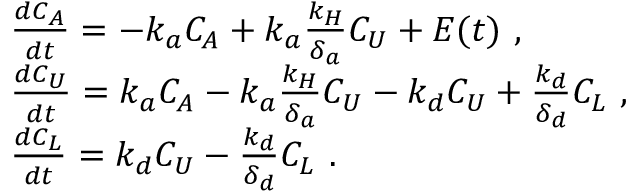
\begin{array} { r l } & { \frac { d C _ { A } } { d t } = - k _ { a } C _ { A } + k _ { a } \frac { k _ { H } } { \delta _ { a } } C _ { U } + E ( t ) \mathrm { ~ , } } \\ & { \frac { d C _ { U } } { d t } = k _ { a } C _ { A } - k _ { a } \frac { k _ { H } } { \delta _ { a } } C _ { U } - k _ { d } C _ { U } + \frac { k _ { d } } { \delta _ { d } } C _ { L } \mathrm { ~ , } } \\ & { \frac { d C _ { L } } { d t } = k _ { d } C _ { U } - \frac { k _ { d } } { \delta _ { d } } C _ { L } \mathrm { ~ . } } \end{array}